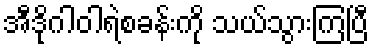
အီဒိုဂါဝါရဲစခန်းကို သယ်သွားကြပြီ